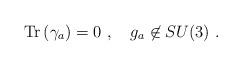
LaTeX: \begin{align*}{\rm Tr}\left(\gamma_a\right)=0~,~~~g_a\not\in SU(3)~.\end{align*}